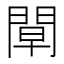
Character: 𨴝